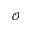
\mathcal { O }